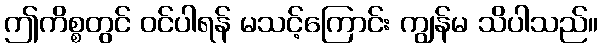
ဤကိစ္စတွင် ဝင်ပါရန် မသင့်ကြောင်း ကျွန်မ သိပါသည်။